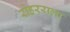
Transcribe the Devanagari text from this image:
रोहरराला